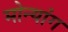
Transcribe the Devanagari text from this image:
मोन्यांग